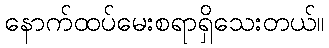
နောက်ထပ်မေးစရာရှိသေးတယ်။